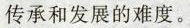
传承和发展的难度。